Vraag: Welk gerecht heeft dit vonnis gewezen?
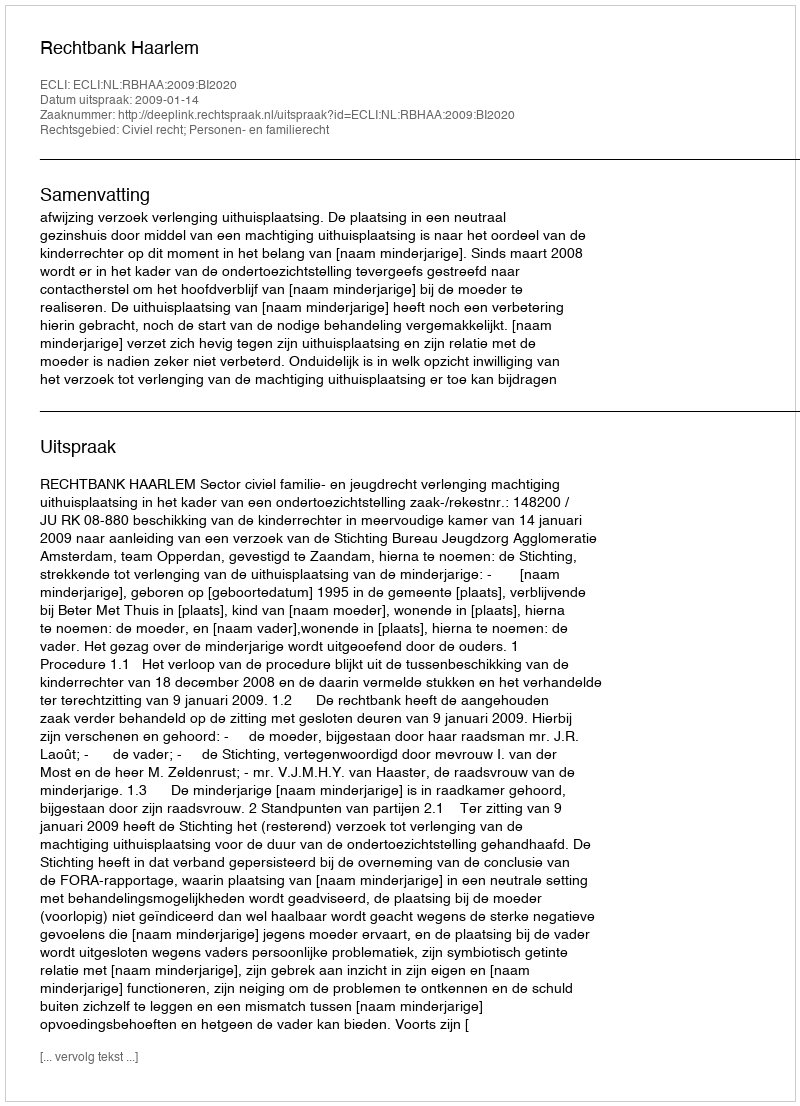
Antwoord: Rechtbank Haarlem